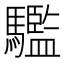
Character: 𩦹